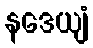
နဒေယျံ